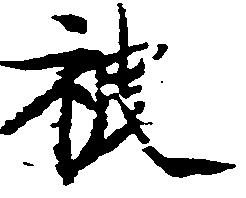
被